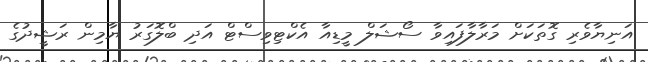
އަނިޔާވެރި ގޮތަކަށް މަރާލާފައިވާ ސޯޝަލް މީޑިއާ އެކްޓިވިސްޓް އަދި ބްލޮގަރު ޔާމިން ރަޝީދުގެ